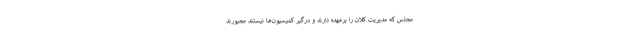
مجلس که مدیریت کلان را برعهده دارند و درگیر کمیسیون‌ها نیستند مجبورند